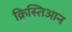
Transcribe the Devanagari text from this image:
क्रिस्तिआन